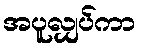
အပူလျှပ်ကာ